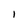
Character: I